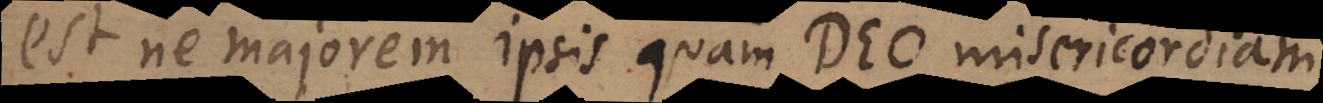
est ne majorem ipsis quam Deo misericordiam